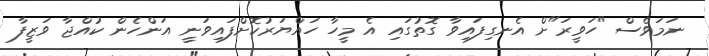
ނަމަވެސް "ހަވީރަ"ށް އެނގިފައިވާ ގޮތުގައި އެ މީހާ ހައްޔަރުކޮށްފައިވަނީ އަންހެން ކުއްޖާ ވަޒީފާ